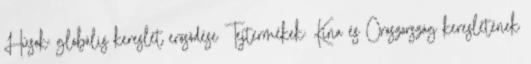
Húsok: globális kereslet erősödése Tejtermékek: Kína és Oroszország keresletének